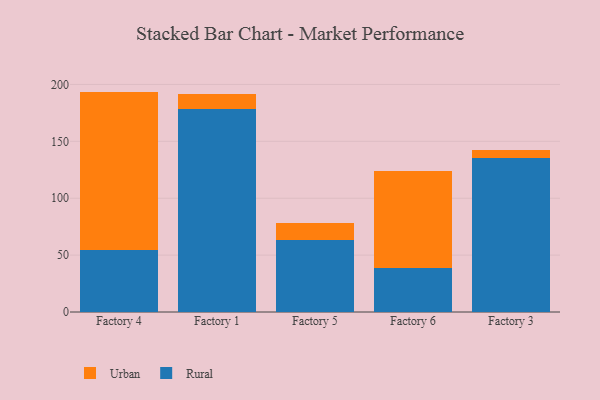
{"axis": {"x": "Factory", "y": "Conversion Rate (%)"}, "legend": ["Rural", "Urban"], "data": [{"x": "Factory 4", "y": 54.3, "type": "Rural"}, {"x": "Factory 4", "y": 139.4, "type": "Urban"}, {"x": "Factory 1", "y": 178.1, "type": "Rural"}, {"x": "Factory 1", "y": 13.2, "type": "Urban"}, {"x": "Factory 5", "y": 63.2, "type": "Rural"}, {"x": "Factory 5", "y": 15.3, "type": "Urban"}, {"x": "Factory 6", "y": 38.7, "type": "Rural"}, {"x": "Factory 6", "y": 85.5, "type": "Urban"}, {"x": "Factory 3", "y": 135.3, "type": "Rural"}, {"x": "Factory 3", "y": 6.7, "type": "Urban"}]}